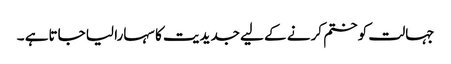
جہالت کو ختم کرنے کے لیے جدیدیت کا سہارا لیا جاتاہے ۔